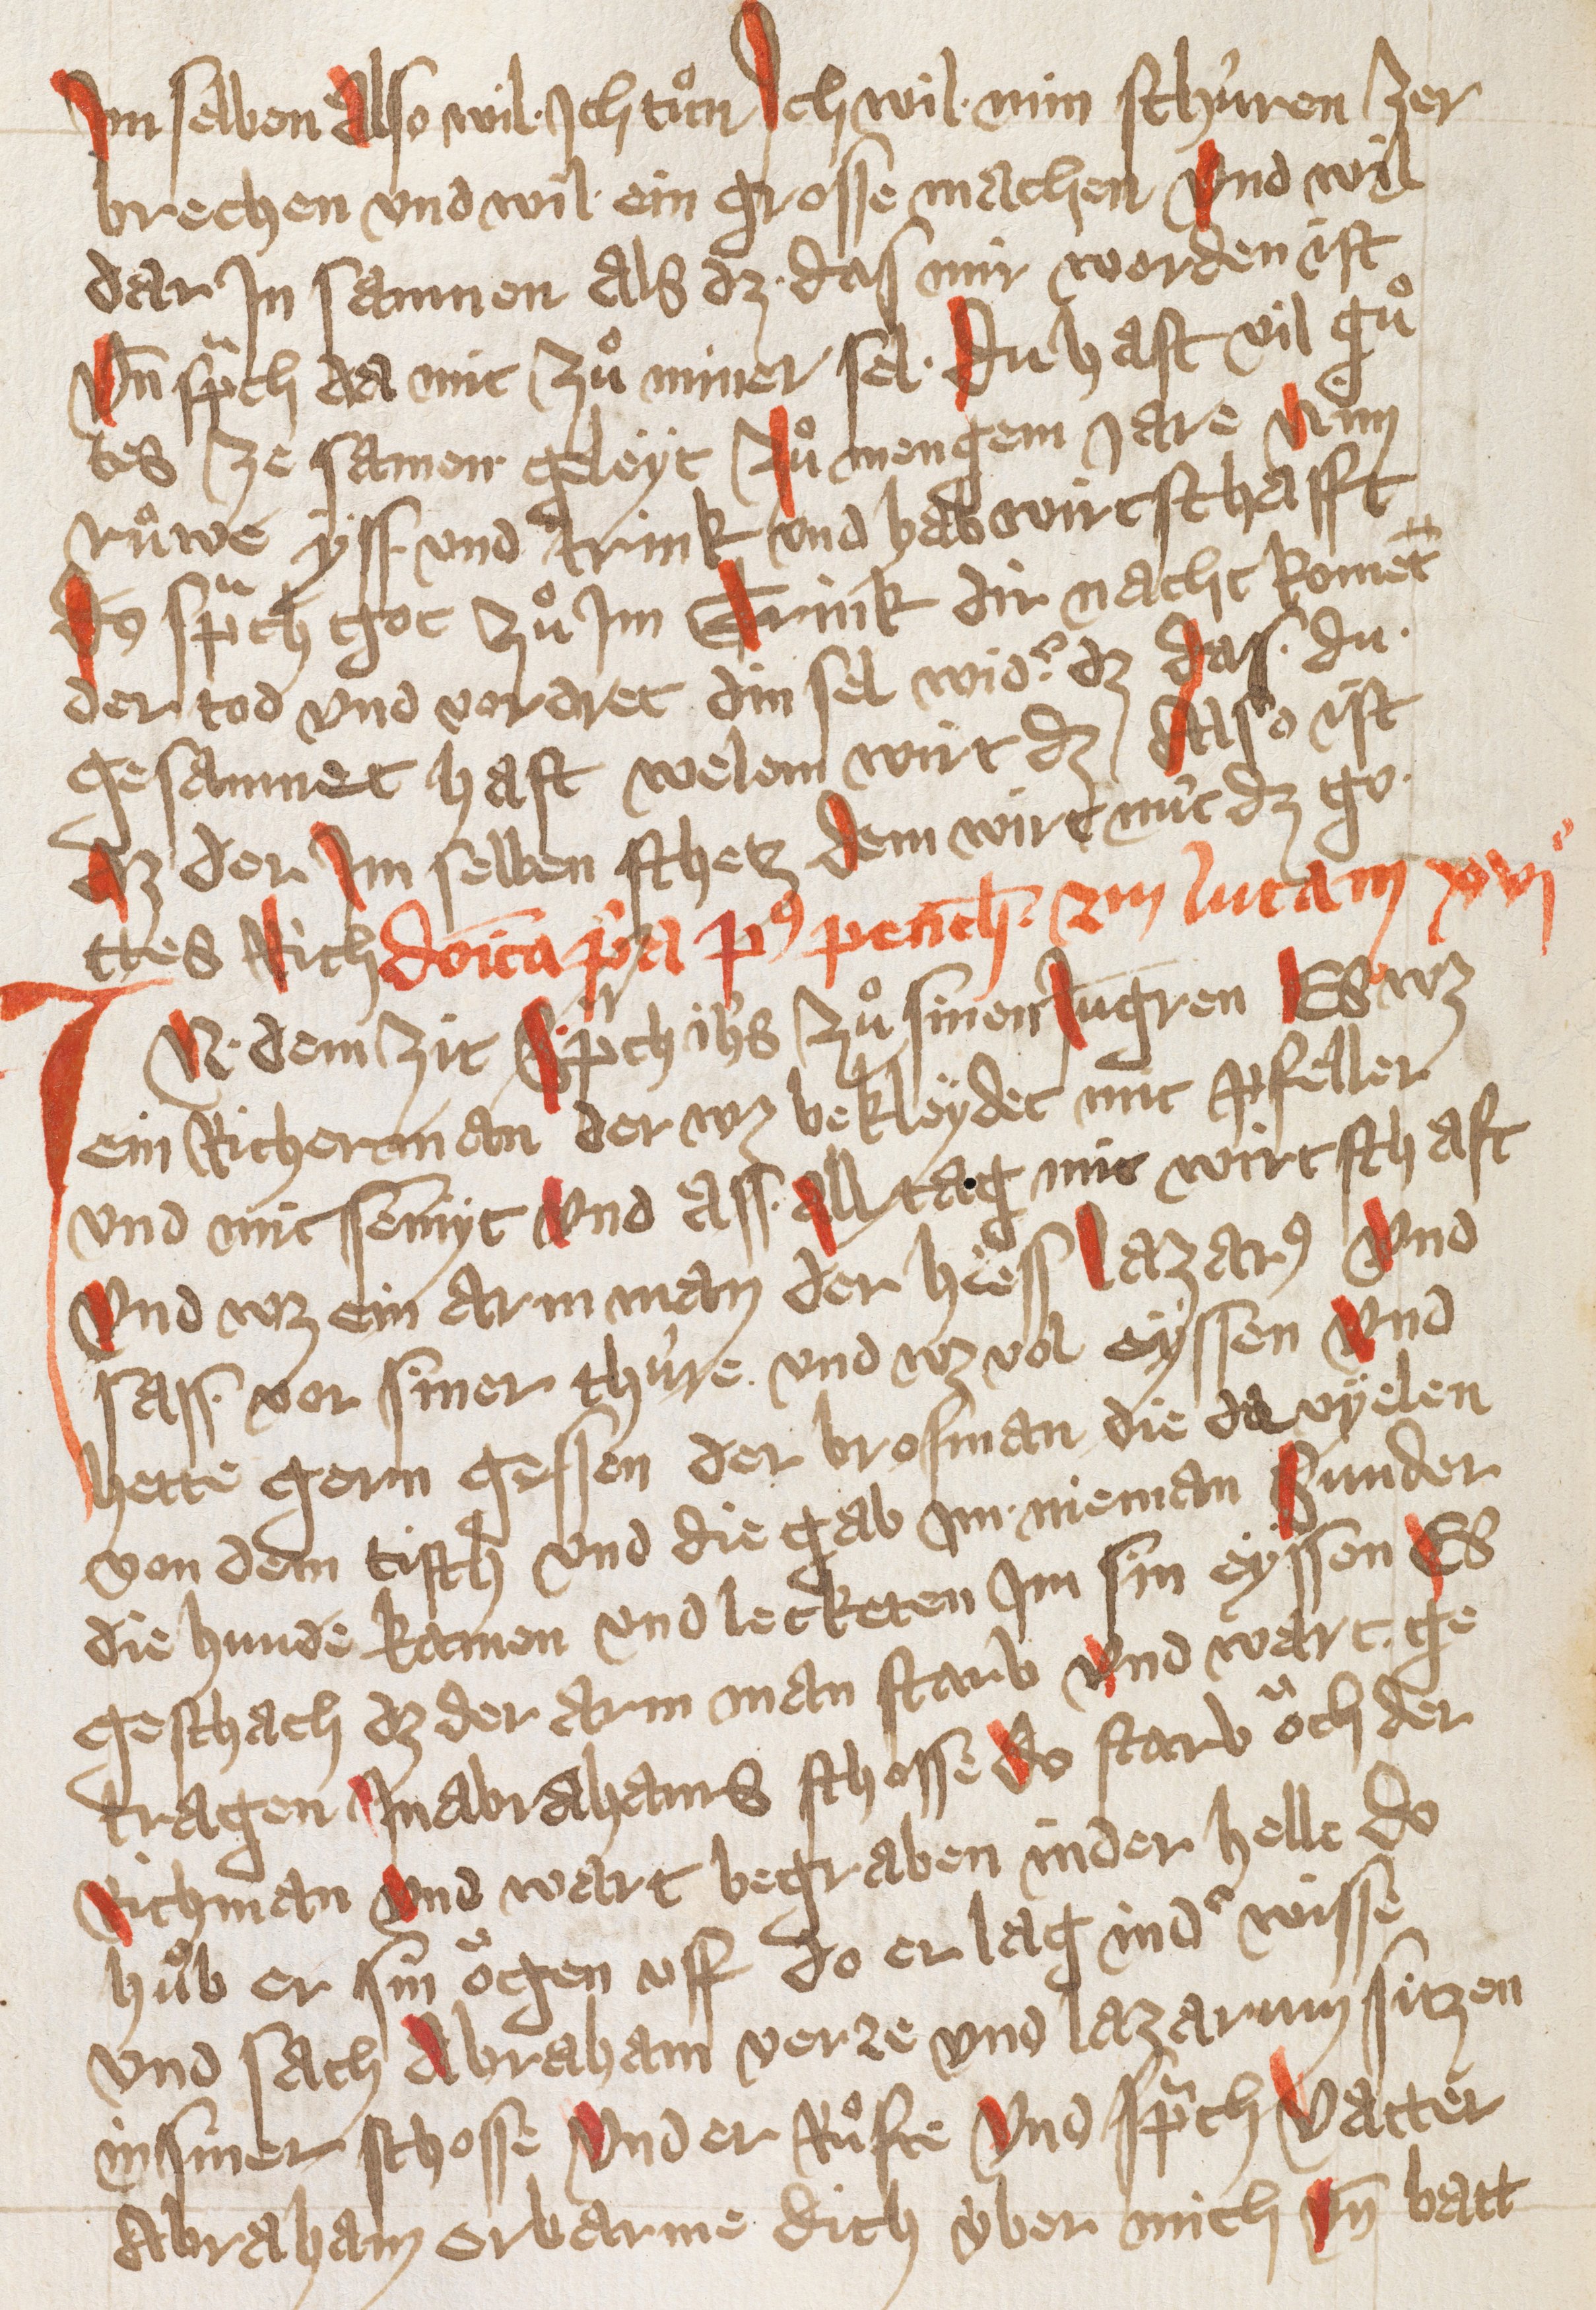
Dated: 1432–1432